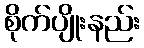
စိုက်ပျိုးနည်း